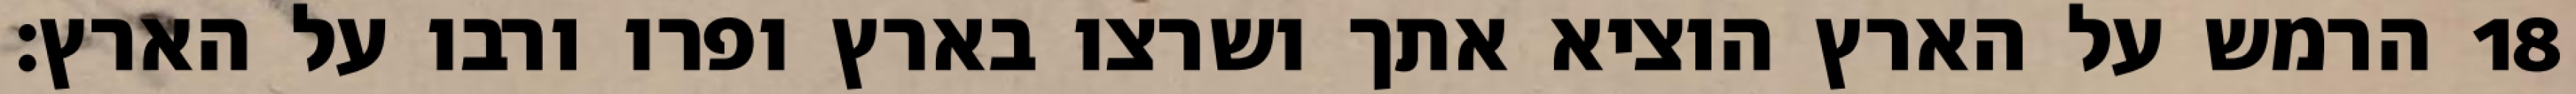
הרמש על הארץ הוציא אתך ושרצו בארץ ופרו ורבו על הארץ׃ ‎18‏